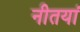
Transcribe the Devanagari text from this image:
नीतयां